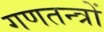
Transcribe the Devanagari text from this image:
गणतन्त्रों